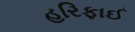
હરિફાઈ